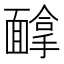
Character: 𱁰